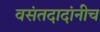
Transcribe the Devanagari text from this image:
वसंतदादांनीच